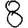
Digit: 8